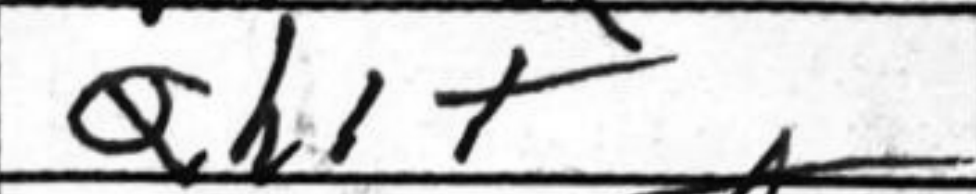
Transcription: Qh1+